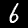
Label: 6